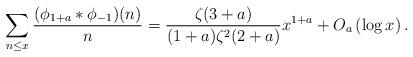
LaTeX: \begin{align*} \sum_{n\leq x}\frac{(\phi_{1+a}* \phi_{-1})(n)}{n} &= \frac{\zeta(3+a)}{(1+a)\zeta^{2}(2+a)} x^{1+a} + O_{a}\left(\log x\right). \end{align*}